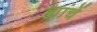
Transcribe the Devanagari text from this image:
ह्यांचें